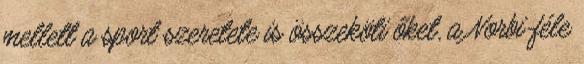
mellett a sport szeretete is összeköti őket, a Norbi-féle